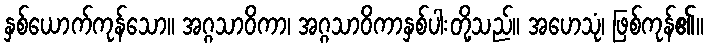
နှစ်ယောက်ကုန်သော။ အဂ္ဂသာဝိကာ၊ အဂ္ဂသာဝိကာနှစ်ပါးတို့သည်။ အဟေသုံ၊ ဖြစ်ကုန်၏။